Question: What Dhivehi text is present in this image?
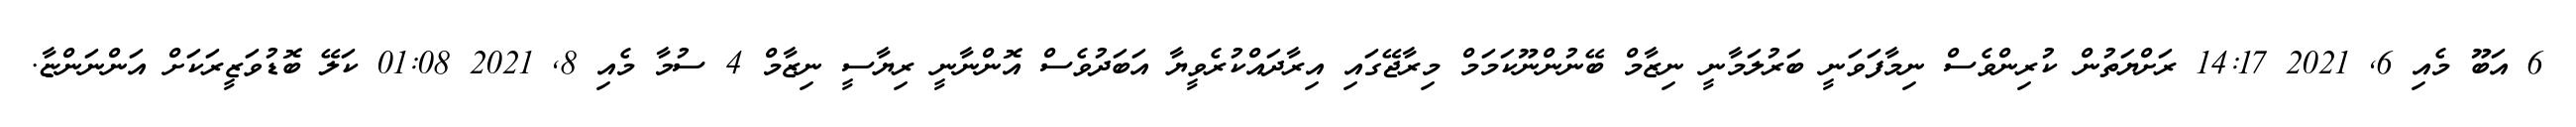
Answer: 6 އަބޫ މެއި 6, 2021 14:17 ރަށްޔަތުން ކުރިންވެސް ނިމާފަވަނީ ބަރުލަމާނީ ނިޒާމް ބޭނުންނޫކަމަމް މިރާޖޭގައި އިރާދައްކުރެވީޔާ އަބަދުވެސް އޮންނާނީ ރިޔާސީ ނިޒާމް 4 ސުމާ މެއި 8, 2021 01:08 ކަލޭ ބޮޑުވަޒީރަކަށް އަންނަންޏާ.